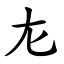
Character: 㔫